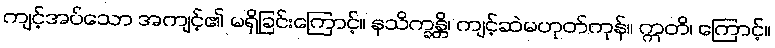
ကျင့်အပ်သော အကျင့်၏ မရှိခြင်းကြောင့်။ နသိက္ခန္တိ၊ ကျင့်ဆဲမဟုတ်ကုန်။ ဣတိ၊ ကြောင့်။